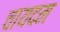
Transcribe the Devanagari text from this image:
चायदम